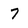
Character: 7